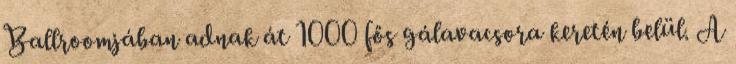
Ballroomjában adnak át 1000 fős gálavacsora keretén belül. A